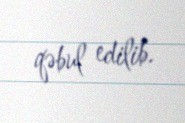
qəbul edilib.